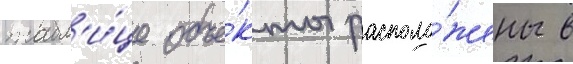
табл'и́це объе́кты располо́жены в